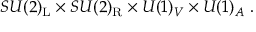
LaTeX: S U ( 2 ) _ { \mathrm { { L } } } \times S U ( 2 ) _ { \mathrm { { R } } } \times U ( 1 ) _ { V } \times U ( 1 ) _ { A } ~ .